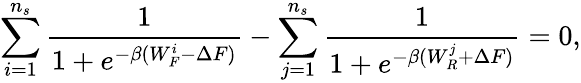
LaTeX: \sum_{i=1}^{n_{s}}\frac{1}{1+e^{-\beta(W_{F}^{i}-\Delta F)}}-\sum_{j=1}^{n_{s}}\frac{1}{1+e^{-\beta(W_{R}^{j}+\Delta F)}}=0,